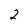
Character: 2